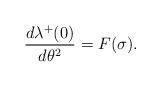
LaTeX: \begin{align*}\frac{d\lambda\sp+(0)}{d\theta\sp2}=F(\sigma).\end{align*}